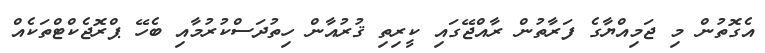
އެގޮތުން މި ޖަމިއްޔާގެ ފަރާތުން ރާއްޖޭގައި ކީރިތި ޤުރުއާން ހިތުދަސްކުރުމާއި ބެހޭ ޕްރޮޖެކްޓްތަކެއް